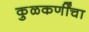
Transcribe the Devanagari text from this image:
कुळकर्णींचा